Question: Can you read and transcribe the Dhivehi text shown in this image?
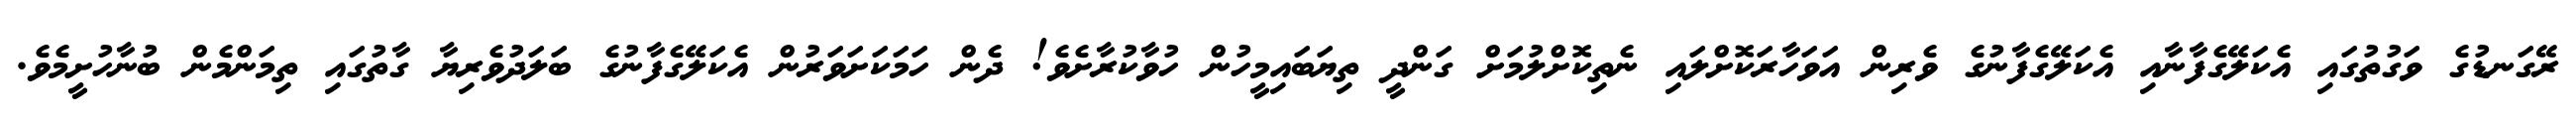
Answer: ރޭގަނޑުގެ ވަގުތުގައި އެކަލޭގެފާނާއި އެކަލޭގެފާނުގެ ވެރިން އަވަހާރަކޮށްލައި ނެތިކޮށްލުމަށް ގަންދީ ތިޔަބައިމީހުން ހުވާކުރާށެވެ! ދެން ހަމަކަށަވަރުން އެކަލޭގެފާނުގެ ބަލަދުވެރިޔާ ގާތުގައި ތިމަންމެން ބުނާހުށީމެވެ.